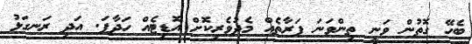
ބެހޭ ގޮތުން ވަނީ ތިންވަނަ ފަރާތެއް މެދުވެރިކޮށް އޮޑިޓެއް ހަދާފަ. އަދި ރަނގަޅު